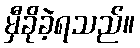
မှီခိုခဲ့ရသည်။